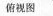
俯视图